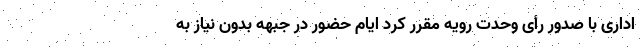
اداری با صدور رأی وحدت رویه مقرر کرد ایام حضور در جبهه بدون نیاز به